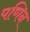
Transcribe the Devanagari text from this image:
पणिन